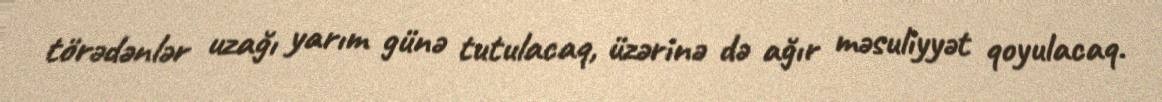
törədənlər uzağı yarım günə tutulacaq, üzərinə də ağır məsuliyyət qoyulacaq.